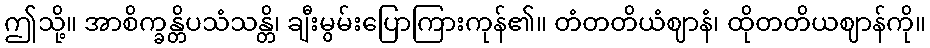
ဤသို့။ အာစိက္ခန္တိပသံသန္တိ၊ ချီးမွမ်းပြောကြားကုန်၏။ တံတတိယံဈာနံ၊ ထိုတတိယဈာန်ကို။